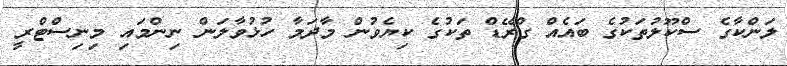
ލަންކާގެ ސްކޫލުތަކުގެ ބައެއް ގްރޭޑް ތަކުގެ ކިޔެވުން މާދަމާ ހުޅުވާލަން ނިންމައި މިނިސްޓްރީ